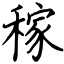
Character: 稼